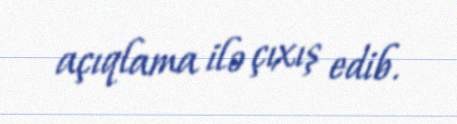
açıqlama ilə çıxış edib.